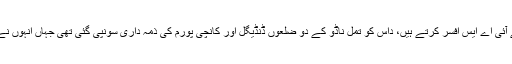
جیسا کہ زیادہ تر نئے-نویلے آئی اے ایس افسر کرتے ہیں، داس کو تمل ناڈو کے دو ضلعوں ڈنڈیگل اور کانچی پورم کی ذمہ داری سونپی گئی تھی جہاں انہوں نے کلکٹر کے طور پر کام کیا۔